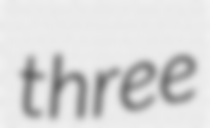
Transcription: three